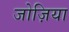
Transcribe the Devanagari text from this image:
जोज़िया